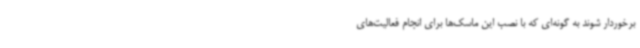
برخوردار شوند به گونه‌ای که با نصب این ماسک‌ها برای انجام فعالیت‌های